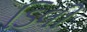
ડિલી